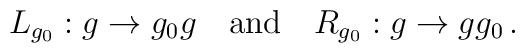
L_{g_0}:g\rightarrow g_{0}g \ \ \ {\rm and} \ \ \ R_{g_0}:g\rightarrow g g_0\, .